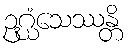
ဥဂ္ဃံသေဿန္တိ